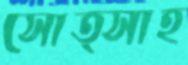
সোত্সাহ